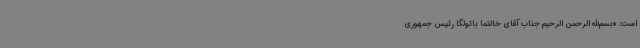
است: «بسم‌الله الرحمن الرحیم جناب آقای خالتما باتولگا رئیس جمهوری